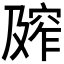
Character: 𰩕